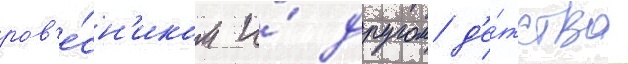
ров'е́сн'иком и́ другом д'е́тства